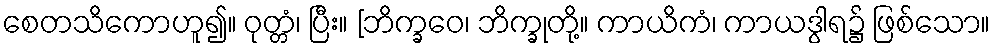
စေတသိကောဟူ၍။ ဝုတ္တံ၊ ပြီး။ [ဘိက္ခဝေ၊ ဘိက္ခုတို့။ ကာယိကံ၊ ကာယဒွါရ၌ ဖြစ်သော။